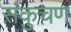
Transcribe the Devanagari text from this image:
संकुचण